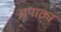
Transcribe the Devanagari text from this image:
अपाठ्य